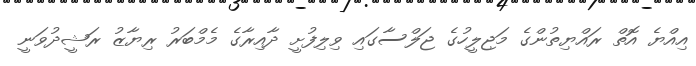
އިއްޔެ އޮތް ރައްޔިތުންގެ މަޖިލީހުގެ ޖަލްސާގައި ވިލިފުށީ ދާއިރާގެ މެމްބަރު ރިޔާޒު ރަޝީދުވަނީ